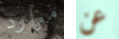
موارد عن